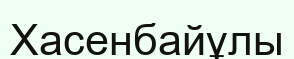
Хасенбайұлы